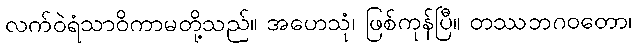
လက်ဝဲရံသာဝိကာမတို့သည်။ အဟေသုံ၊ ဖြစ်ကုန်ပြီ။ တဿဘဂဝတော၊